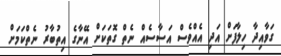
ގަވާއިދާ ހިލާފަށް އަދި އެއްވެސް އަސާސެއް ނެތް ގޮތަކަށް އޭނާގެ އިތުބާރު ނެތްކަމަށް